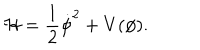
{ \cal H } = \frac { 1 } { 2 } { \dot { \phi } } ^ { 2 } + V ( \phi ) .